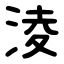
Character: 淩